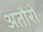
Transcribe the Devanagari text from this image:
अतौरो